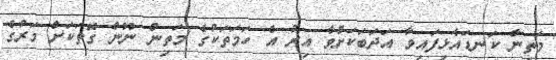
މަތިން ކަނޑައެޅިފައިވާ އަދަބަކަށްވާ އިރު އެ ހަމަތަކުގެ މަތިން ނޫން ގޮތަކަށް މަރުގެ